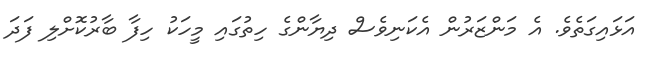
އަޅައިގަތެވެ. އެ މަންޒަރުން އެކަނިވެސް ދިޔާންގެ ހިތުގައި މީހަކު ހިފާ ބާރުކޮށްލި ފަދަ